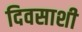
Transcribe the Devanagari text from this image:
दिवसाशी